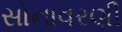
સોનાવરણી